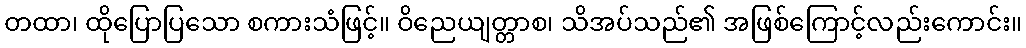
တထာ၊ ထိုပြောပြသော စကားသံဖြင့်။ ဝိညေယျတ္တာစ၊ သိအပ်သည်၏ အဖြစ်ကြောင့်လည်းကောင်း။